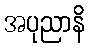
အပုညာနိ